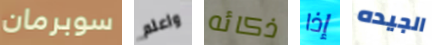
سوبرمان واعلم ذكائه إذا الجيده